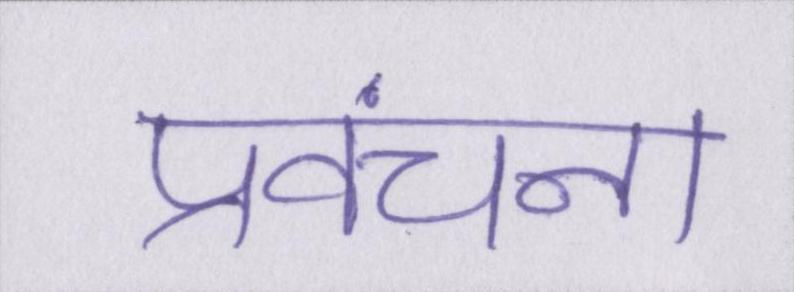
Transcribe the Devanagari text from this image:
प्रवंचना